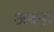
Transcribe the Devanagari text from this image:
अबना